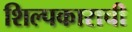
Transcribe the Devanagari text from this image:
शिल्पकाराची